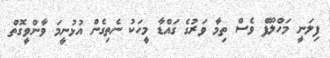
ފިލަނީ މަހްލޫފް ވެސް ތިމާ ވަރުގެ ގައްޑާ މީހަކު ނެތިގެން އުޅުނީމަ ވާންވީގޮތް